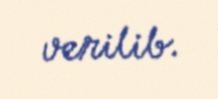
verilib.